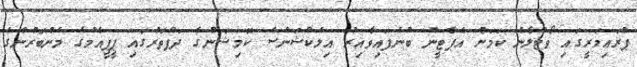
ޕްރައިމަރީގައި ވޯޓްލާނެ ކަމަށް އެޕާޓީން ބުނެފައިވާއިރު އިލެކްޝަންސް ކޮމިޝަނުގެ ދަފްތަރުގައި ޕީޕީއެމްގެ މެންބަރުންގެ